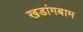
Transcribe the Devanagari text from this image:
खडांगबाम